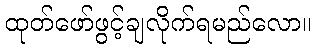
ထုတ်ဖော်ဖွင့်ချလိုက်ရမည်လော။